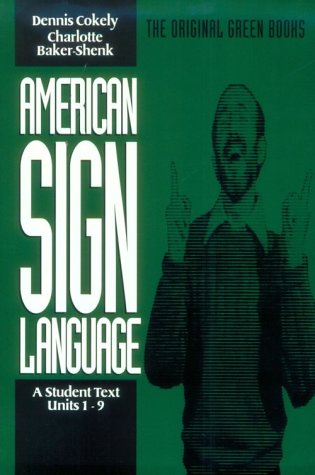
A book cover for American Sign Language Green Books, A Student's Text Units 1-9 (Green Book Series); Charlotte Baker-Shenk; Reference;